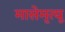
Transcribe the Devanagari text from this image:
मासेमृत्यू